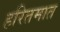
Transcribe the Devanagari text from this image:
हरितमात